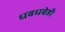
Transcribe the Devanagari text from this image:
धबधबेही